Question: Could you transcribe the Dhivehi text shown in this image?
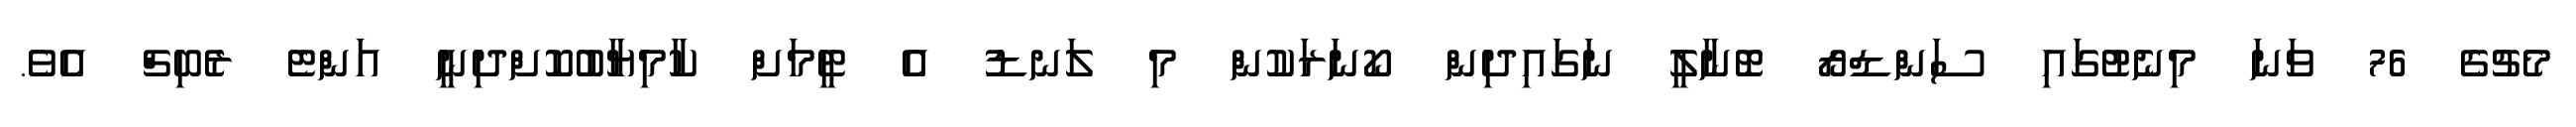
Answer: މެޗުގެ 76 ވަނަ މިނެޓުގައި ސަންޑްރޯ ޓޮނާލީ ނަގައިދިން ކޯނަރަކުން މި ލަނޑު އެ ޓީމަށް ކާމިޔާބުކޮށްދިނީ އަންޓެ ރެބިޗް އެވެ.